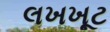
લખખૂટ